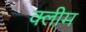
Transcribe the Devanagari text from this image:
क्लीम